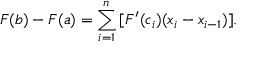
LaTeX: F ( b ) - F ( a ) = \sum _ { i = 1 } ^ { n } \, [ F ^ { \prime } ( c _ { i } ) ( x _ { i } - x _ { i - 1 } ) ] .